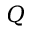
Q